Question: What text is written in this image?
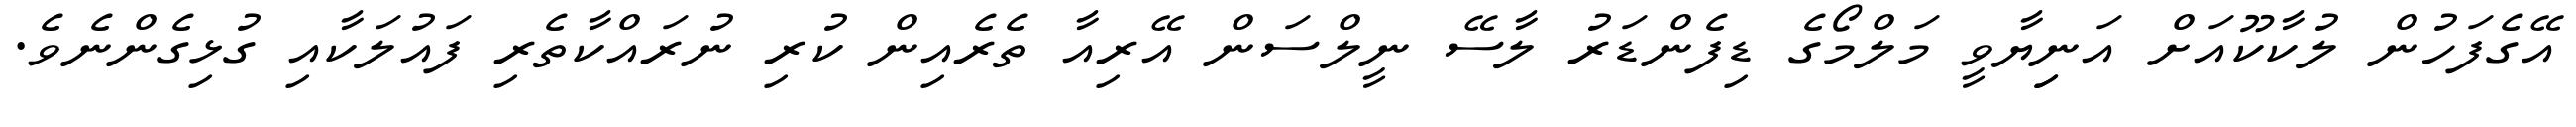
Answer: އޭގެފަހުން ލުކާކޫއަށް އަނިިޔާވީ މަލްމޯގެ ޑިފެންޑަރު ލާސޭ ނީލްސަން އޭރިއާ ތެރެއިން ކުރި ނުރައްކާތެރި ފައުލަކާއި ގުޅިގެންނެވެ.